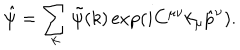
\hat { \psi } = \sum _ { k } \tilde { \psi } ( k ) \exp ( i C ^ { \mu \nu } k _ { \mu } \hat { p } ^ { \nu } ) .